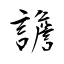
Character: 譫